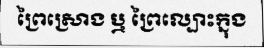
ព្រៃស្រោង ឬ ព្រៃល្បោះក្នុង